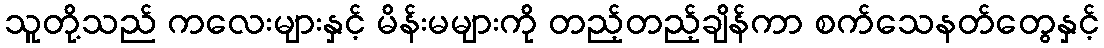
သူတို့သည် ကလေးများနှင့် မိန်းမများကို တည့်တည့်ချိန်ကာ စက်သေနတ်တွေနှင့်